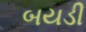
બયડી